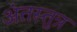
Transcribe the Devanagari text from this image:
अंतस्तुत्र